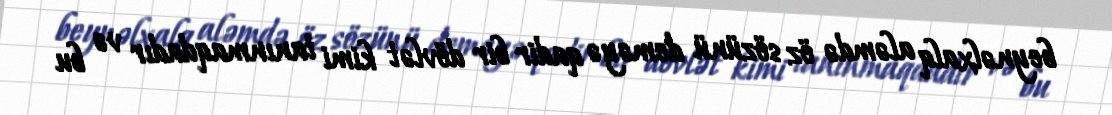
beynəlxalq aləmdə öz sözünü deməyə qadir bir dövlət kimi tanınmaqdadır və bu